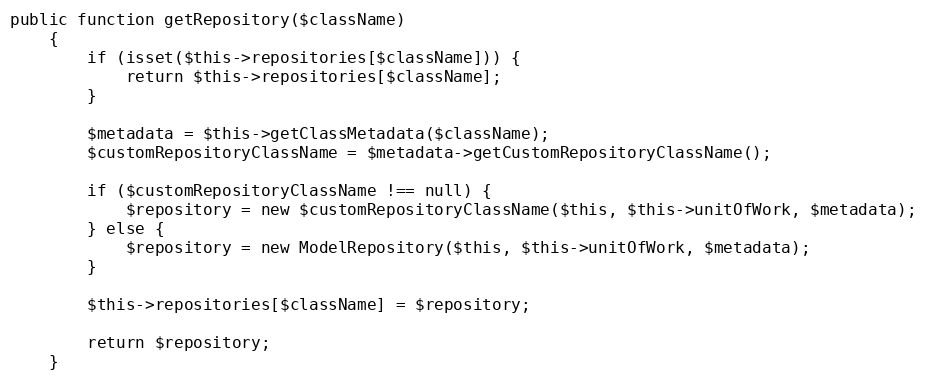
Language: PHP
public function getRepository($className)
    {
        if (isset($this->repositories[$className])) {
            return $this->repositories[$className];
        }

        $metadata = $this->getClassMetadata($className);
        $customRepositoryClassName = $metadata->getCustomRepositoryClassName();

        if ($customRepositoryClassName !== null) {
            $repository = new $customRepositoryClassName($this, $this->unitOfWork, $metadata);
        } else {
            $repository = new ModelRepository($this, $this->unitOfWork, $metadata);
        }

        $this->repositories[$className] = $repository;

        return $repository;
    }